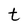
Character: t